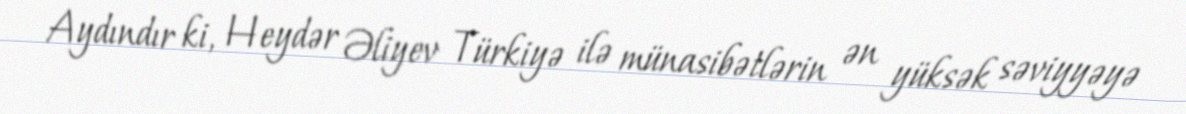
Aydındır ki, Heydər Əliyev Türkiyə ilə münasibətlərin ən yüksək səviyyəyə